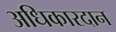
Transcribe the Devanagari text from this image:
अधिकारदान